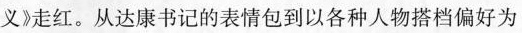
义》走红。从达康书记的表情包到以各种人物搭档偏好为